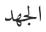
الجھد